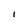
Character: I